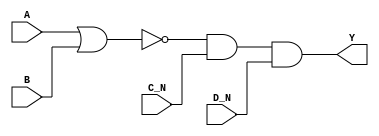
module sky130_fd_sc_hd__nor4bb_2 (
    Y  ,
    A  ,
    B  ,
    C_N,
    D_N
);
    output Y  ;
    input  A  ;
    input  B  ;
    input  C_N;
    input  D_N;
    wire nor0_out  ;
    wire and0_out_Y;
    nor nor0 (nor0_out  , A, B              );
    and and0 (and0_out_Y, nor0_out, C_N, D_N);
    buf buf0 (Y         , and0_out_Y        );
endmodule